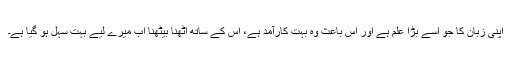
اپنی زبان کا جو اسے بڑا علم ہے اور اس باعث وہ بہت کارآمد ہے، اس کے ساتھ اٹھنا بیٹھنا اب میرے لیے بہت سہل ہو گیا ہے۔